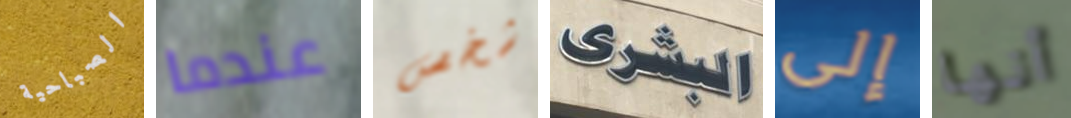
الصباحية عندما شخص البشرى إلى أنها